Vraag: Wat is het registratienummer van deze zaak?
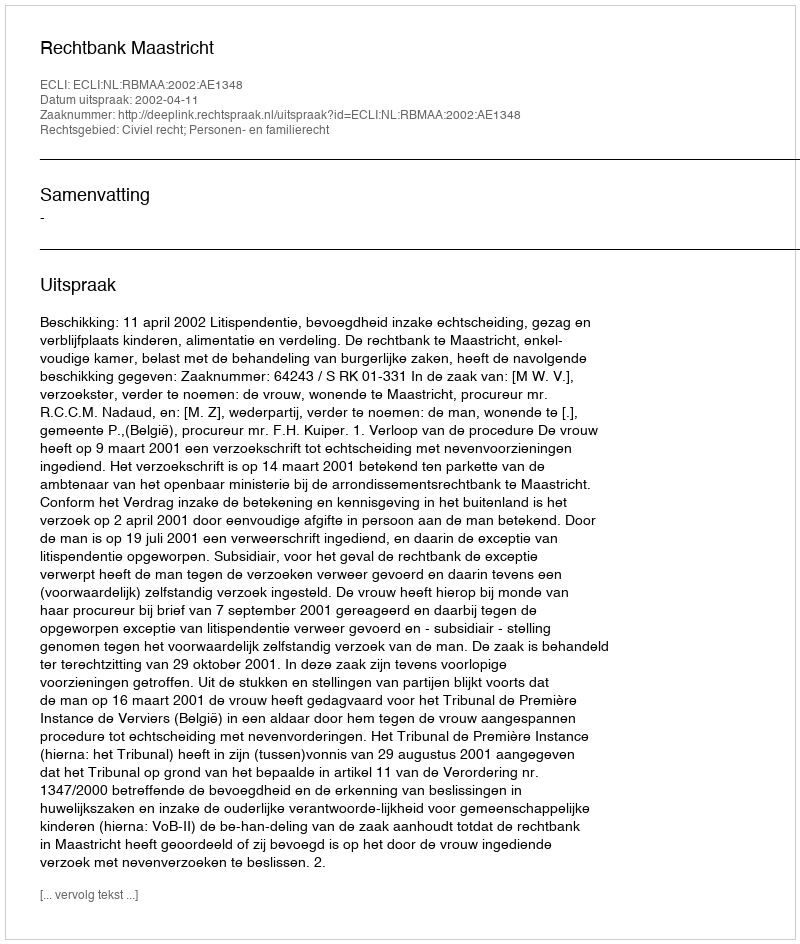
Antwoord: http://deeplink.rechtspraak.nl/uitspraak?id=ECLI:NL:RBMAA:2002:AE1348